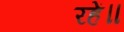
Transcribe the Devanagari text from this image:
रहें॥